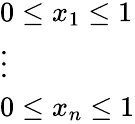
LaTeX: \displaystyle{\begin{array}{l}{0\leq x_{1}\leq 1}\\ {\vdots}\\ {0\leq x_{n}\leq 1}\end{array}}